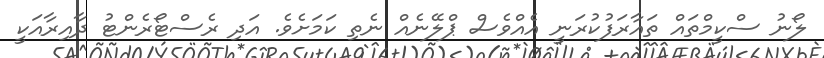
ލޯނު ސްކީމްތައް ތައާރަފުކުރަނީ އެއްވެސް ޕްލޭނެއް ނެތި ކަމަށެވެ. އަދި ރެސްޓޯރެންޓު ދާއިރާއަކީ